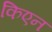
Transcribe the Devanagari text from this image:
किएन